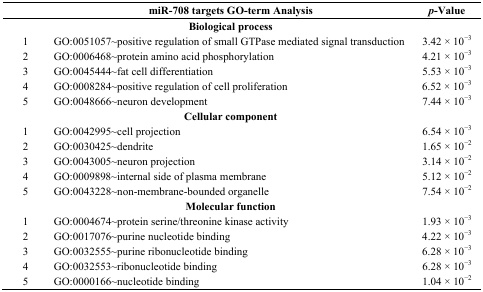
|  | miR-708 targets GO-term Analysis | p-Value |
 | --- | --- | --- |
 | <COLSPAN=3> Biological process |
 | 1 | GO:0051057~positive regulation of small GTPase mediated signal transduction | 3.42 × 10−3 |
 | 2 | GO:0006468~protein amino acid phosphorylation | 4.21 × 10−3 |
 | 3 | GO:0045444~fat cell differentiation | 5.53 × 10−3 |
 | 4 | GO:0008284~positive regulation of cell proliferation | 6.52 × 10−3 |
 | 5 | GO:0048666~neuron development | 7.44 × 10−3 |
 | <COLSPAN=3> Cellular component |
 | 1 | GO:0042995~cell projection | 6.54 × 10−3 |
 | 2 | GO:0030425~dendrite | 1.65 × 10−2 |
 | 3 | GO:0043005~neuron projection | 3.14 × 10−2 |
 | 4 | GO:0009898~internal side of plasma membrane | 5.12 × 10−2 |
 | 5 | GO:0043228~non-membrane-bounded organelle | 7.54 × 10−2 |
 | <COLSPAN=3> Molecular function |
 | 1 | GO:0004674~protein serine/threonine kinase activity | 1.93 × 10−3 |
 | 2 | GO:0017076~purine nucleotide binding | 4.22 × 10−3 |
 | 3 | GO:0032555~purine ribonucleotide binding | 6.28 × 10−3 |
 | 4 | GO:0032553~ribonucleotide binding | 6.28 × 10−3 |
 | 5 | GO:0000166~nucleotide binding | 1.04 × 10−2 |